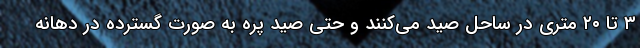
۳ تا ۲۰ متری در ساحل صید می‌کنند و حتی صید پره به صورت گسترده در دهانه